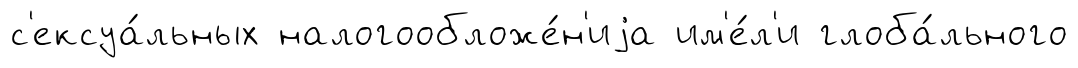
с'ексуа́льных налогообложе́н'иjа им'е́л'и глоба́льного